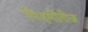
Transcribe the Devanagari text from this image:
पिदमोंतीज